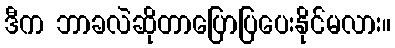
ဒီက ဘာခလဲဆိုတာပြောပြပေးနိုင်မလား။